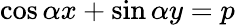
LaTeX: \cos\alpha x+\sin\alpha y=p